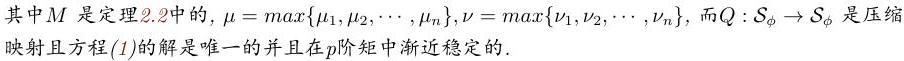
其中$M$是定理2.2中的，$\mu = \max\{\mu_1,\mu_2,\cdots,\mu_n\},\nu = \max\{\nu_1,\nu_2,\cdots,\nu_n\}$，而$Q:\mathcal{S}_{\phi} \to \mathcal{S}_{\phi}$是压缩映射且方程(1)的解是唯一的并且在$p$阶矩中渐近稳定的.